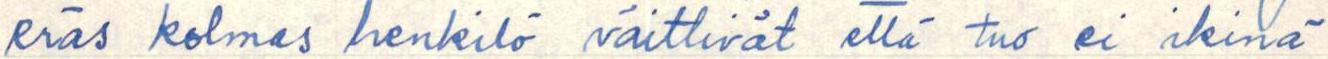
eräs kolmas henkilö väittivät että tuo ei ikinä